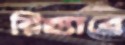
রিহ্যাবে